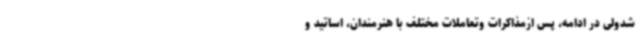
شدولی در ادامه، پس ازمذاکرات وتعاملات مختلف با هنرمندان، اساتید و